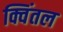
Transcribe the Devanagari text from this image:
क्विंतल